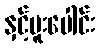
နှင့်ပူးပေါင်း